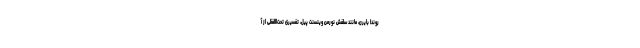
روندا بایرن، مانند سَلفش نورمن وینسنت پیل، تفسیری تحت‌اللفظی از آ